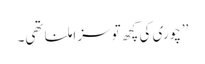
’’چوری کی کچھ تو سزا ملنا تھی۔